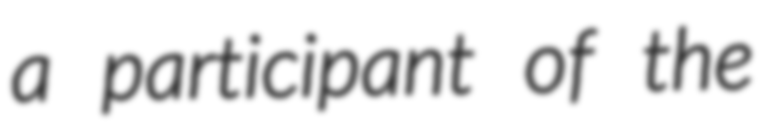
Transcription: a participant of the